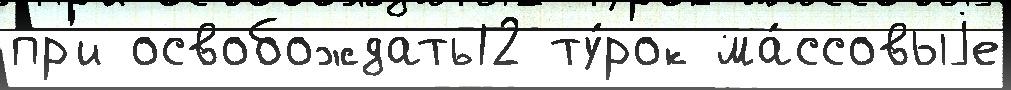
пр'и освобождать12 ту́рок ма́ссовыjе